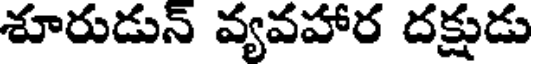
శూరుడున్ వ్యవహార దక్షుడు